Leaving Certificate Examination, 1921
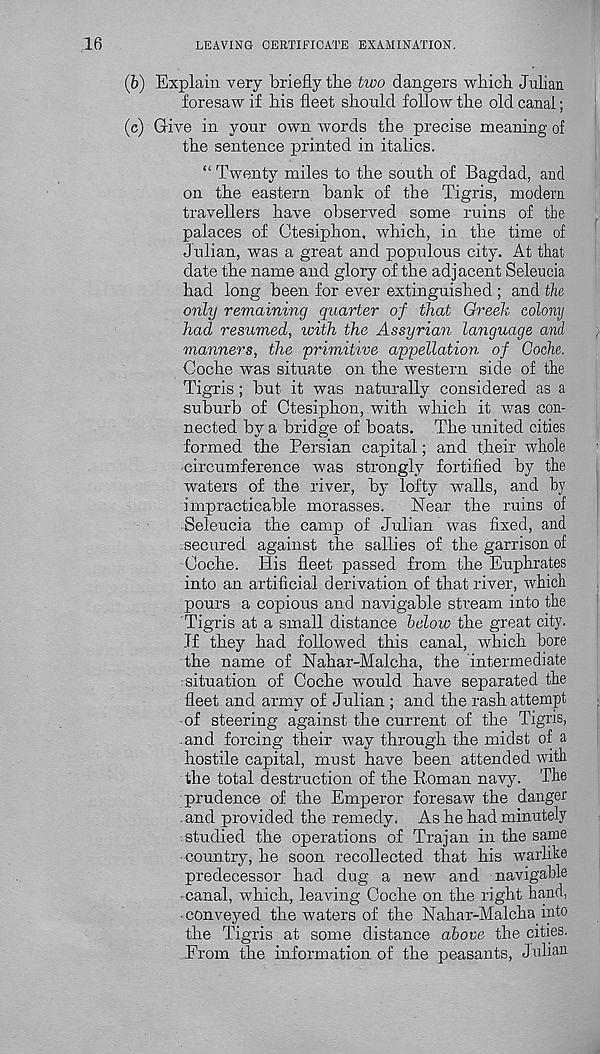
16
LEAVING CERTIFICATE EXAMINATION.
(b) Explain very briefly the two dangers which Julian
foresaw if his fleet should follow the old canal;
(c) Give in your own words the precise meaning of
the sentence printed in italics.
“ Twenty miles to the south of Bagdad, and
on the eastern bank of the Tigris, modern
travellers have observed some ruins of the
palaces of Ctesiphon, which, in the time of
Julian, was a great and populous city. At that
date the name and glory of the adjacent Seleucia
had long been for ever extinguished ; and the
only remaining quarter of that Greek colony
had resumed, with the Assyrian language and
manners, the -primitive appellation of Cache.
Coche was situate on the western side of the
Tigris; but it was naturally considered as a
suburb of Ctesiphon, with which it was con-
nected by a bridge of boats. The united cities
formed the Persian capital; and their whole
circumference was strongly fortified by the
waters of the river, by lofty walls, and by
impracticable morasses.
Near the ruins of
Seleucia the camp of Julian was fixed, and
secured against the sallies of the garrison of
Coche. His fleet passed from the Euphrates
into an artificial derivation of that river, which
pours a copious and navigable stream into the
Tigris at a small distance below the great city.
Jf they had followed this canal, which bore
the name of Nahar-Malcha, the intermediate
situation of Coche would have separated the
fleet and army of Julian ; and the rash attempt
of steering against the current of the Tigris,
and forcing their way through the midst of a
hostile capital, must have been attended with
the total destruction of the Roman navy. The
prudence of the Emperor foresaw the danger
. and provided the remedy, As he had minutely
studied the operations of Trajan in the same
country, he soon recollected that his warlike
predecessor had dug a new and navigable
canal, which, leaving Coche on the right hand,
conveyed the waters of the Nahar-Malcha into
the Tigris at some distance above the cities.
From the information of the peasants, Julian